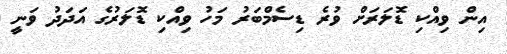
އިން ވިއްކި ޑޮލަރަށް ވުރެ ޑިސެމްބަރު މަހު ވިއްކި ޑޮލަރުގެ އަދަދު ވަނީ